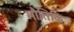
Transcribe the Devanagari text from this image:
भौतिकि